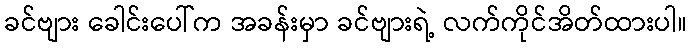
ခင်ဗျား ခေါင်းပေါ်က အခန်းမှာ ခင်ဗျားရဲ့ လက်ကိုင်အိတ်ထားပါ။